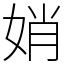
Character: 娋